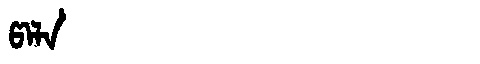
Manchu: ᡦᠠᠯᠠ
Romanization: PALA